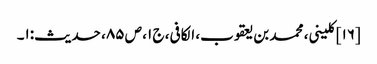
[۱۶] کلینی، محمد بن یعقوب، الکافی، ج ۱، ص ۸۵، حدیث:۱۔